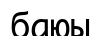
баюы